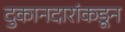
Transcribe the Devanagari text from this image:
दुकानदारांकडून